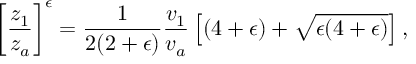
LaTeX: \left[ { \frac { z _ { 1 } } { z _ { a } } } \right] ^ { \epsilon } = { \frac { 1 } { 2 ( 2 + \epsilon ) } } { \frac { v _ { 1 } } { v _ { a } } } \left[ ( 4 + \epsilon ) + \sqrt { \epsilon ( 4 + \epsilon ) } \right] ,